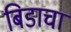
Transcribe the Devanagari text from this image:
बिडाचा